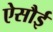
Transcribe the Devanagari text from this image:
ऐसौई